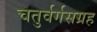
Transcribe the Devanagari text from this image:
चतुर्वर्गसग्रह